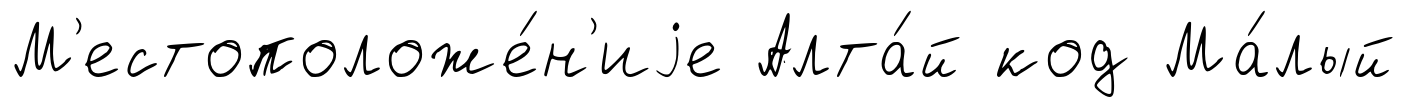
М'естоположе́н'иjе Алта́й код Ма́лый